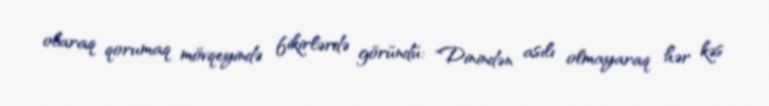
olaraq qorumaq mövqeyində fikirlərdə göründü: "Dinindən asılı olmayaraq hər kəs